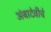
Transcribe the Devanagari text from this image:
अंबादेवीचे